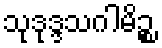
သုဒုဒ္ဒသဂါမိဉ္စ